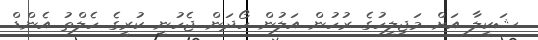
ޝަކީލާ އަށް މަޖިލީހުގެ ރުހުން އަލުން ހޯދަން ޖެހުނީ ކުރީގެ ހެލްތު އެންޑް